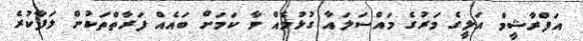
އަފްރާޝީމް އަލީގެ މަރުގެ މައްސަލައާ ގުޅުމެއް ވާ ކަމަށް ބައެއް ފަރާތްތަކުން ލަފާކުރެ